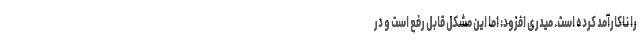
را ناکارآمد کرده است. میدری افزود: اما این مشکل قابل رفع است و در